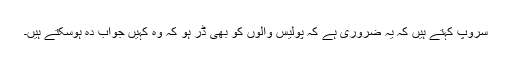
سروپ کہتے ہیں کہ یہ ضروری ہے کہ پولیس والوں کو بھی ڈر ہو کہ وہ کہیں جواب دہ ہوسکتے ہیں۔